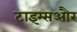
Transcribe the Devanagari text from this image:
टाइम्सऔर